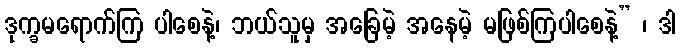
ဒုက္ခမရောက်ကြ ပါစေနဲ့၊ ဘယ်သူမှ အခြေမဲ့ အနေမဲ့ မဖြစ်ကြပါစေနဲ့” ၊ ဒါ